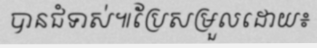
បានជំទាស់៕ប្រែសម្រួលដោយ៖